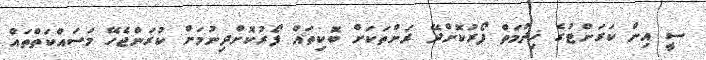
ސީ އިން ކަރަންޓުގެ ޚިދުމަތް ފޯރުކޮށްދޭ ރަށްތަކަށް ބޮކިތައް ފޯރުކޮށްދިނުމަށް ކުރަންޖެހޭ މަސައްކަތްތައް